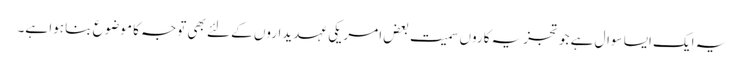
یہ ایک ایسا سوال ہے جو تجزیہ کاروں سمیت بعض امریکی عہدیداروں کے لئے بھی توجہ کا موضوع بنا ہوا ہے۔